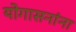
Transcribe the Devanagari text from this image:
योगासनांना